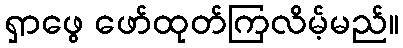
ရှာဖွေ ဖော်ထုတ်ကြလိမ့်မည်။